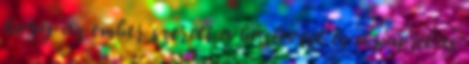
hogy az ember szereti a húslevest és a paprikás